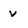
Character: v